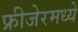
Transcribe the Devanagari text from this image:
फ्रीजेरमध्ये